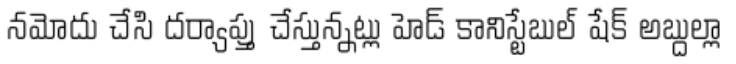
నమోదు చేసి దర్యాప్తు చేస్తున్నట్లు హెడ్ కానిస్టేబుల్ షేక్ అబ్దుల్లా